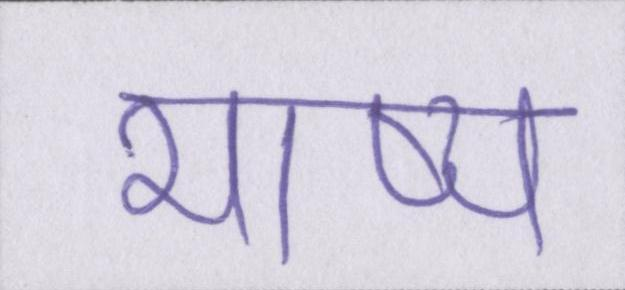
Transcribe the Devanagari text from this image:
भाष्य